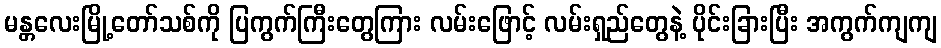
မန္တလေးမြို့တော်သစ်ကို ပြကွက်ကြီးတွေကြား လမ်းဖြောင့် လမ်းရှည်တွေနဲ့ ပိုင်းခြားပြီး အကွက်ကျကျ